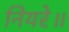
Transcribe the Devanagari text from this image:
नियरे॥